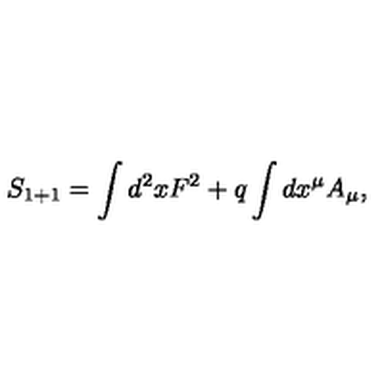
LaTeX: S _ { 1 + 1 } = \int d ^ { 2 } x F ^ { 2 } + q \int d x ^ { \mu } A _ { \mu } ,